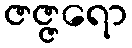
ဇဇ္ဇရော